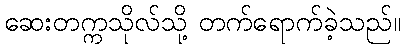
ဆေးတက္ကသိုလ်သို့ တက်ရောက်ခဲ့သည်။